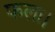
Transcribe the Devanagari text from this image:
फला।